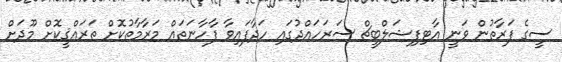
ސީގެ ފަރާތުން ވަނީ އާޓިފިޝަލްބީޗް ސަރަހައްދުގައި ހަދާފައިވާ ފާހާނަތައް މަރާމާތުކޮށް ތަރައްޤީކޮށް މޫދަށް